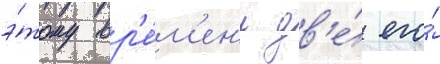
э́тому вр'е́м'ен'и дв'е́ его́